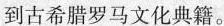
到古希腊罗马文化典籍。